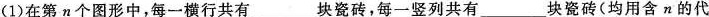
(1)在第n个图形中，每一横行共有___块瓷砖，每一竖列共有___块瓷砖(均用含n的代